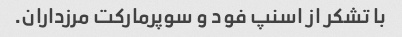
با تشکر از اسنپ فود و سوپرمارکت مرزداران.